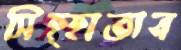
সিহ্হাতান